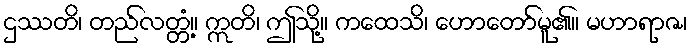
ဌဿတိ၊ တည်လတ္တံ့။ ဣတိ၊ ဤသို့။ ကထေသိ၊ ဟောတော်မူ၏။ မဟာရာဇ၊